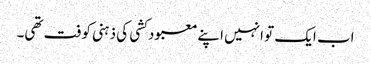
اب ایک تو انہیں اپنے معبود کشی کی ذہنی کوفت تھی۔